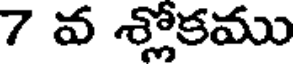
7 వ శ్లోకము